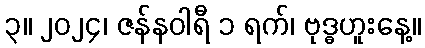
၃။ ၂၀၂၄၊ ဇန်နဝါရီ ၁ ရက်၊ ဗုဒ္ဓဟူးနေ့။